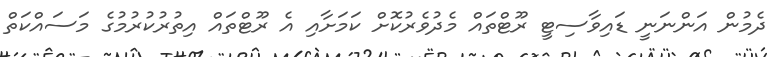
ދެމުން އަންނަނީ ޑައިވާސިޓީ ރޫޓްތައް މެދުވެރުކޮށް ކަމަށާއި އެ ރޫޓްތައް އިތުރުކުރުމުގެ މަސައްކަތް